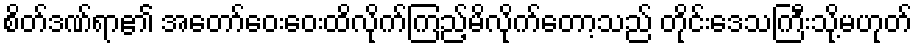
စိတ်ဒဏ်ရာ၏ အတော်ဝေးဝေးထိလိုက်ကြည့်မိလိုက်တော့သည် တိုင်းဒေသကြီးသို့မဟုတ်